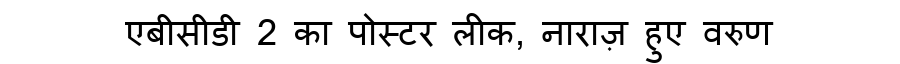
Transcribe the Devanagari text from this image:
एबीसीडी 2 का पोस्टर लीक, नाराज़ हुए वरुण